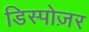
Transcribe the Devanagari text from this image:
डिस्पोज़र